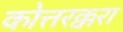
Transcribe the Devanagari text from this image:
कोत्तरक्करा